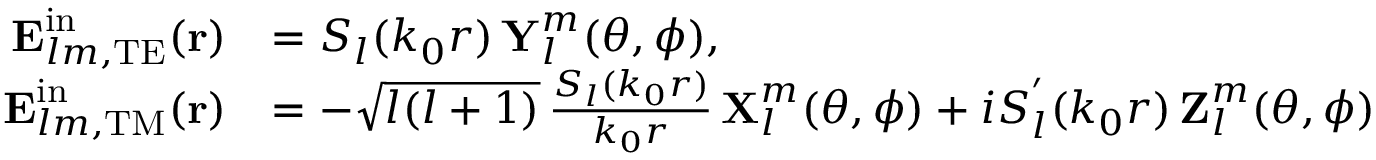
\begin{array} { r l } { \boldsymbol { \mathbf { E } } _ { l m , \mathrm { T E } } ^ { \mathrm { i n } } ( \boldsymbol { \mathbf { r } } ) } & { = S _ { l } ( k _ { 0 } r ) \, \boldsymbol { \mathbf { Y } } _ { l } ^ { m } ( \theta , \phi ) , } \\ { \boldsymbol { \mathbf { E } } _ { l m , \mathrm { T M } } ^ { \mathrm { i n } } ( \boldsymbol { \mathbf { r } } ) } & { = - \sqrt { l ( l + 1 ) } \, \frac { S _ { l } ( k _ { 0 } r ) } { k _ { 0 } r } \, \boldsymbol { \mathbf { X } } _ { l } ^ { m } ( \theta , \phi ) + i S _ { l } ^ { ' } ( k _ { 0 } r ) \, \boldsymbol { \mathbf { Z } } _ { l } ^ { m } ( \theta , \phi ) } \end{array}